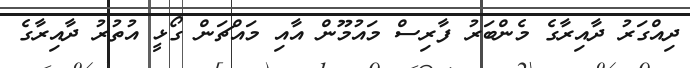
ދިއްގަރު ދާއިރާގެ މެންބަރު ފާރިސް މައުމޫން އާއި މައްޗަން ގޯޅީ އުތުރު ދާއިރާގެ